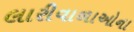
લારીવાળાઓના